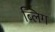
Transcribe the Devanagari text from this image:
ब्लिग